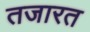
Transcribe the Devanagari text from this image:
तजारत